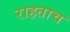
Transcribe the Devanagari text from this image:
राहताच